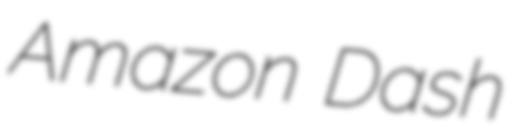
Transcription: Amazon Dash